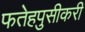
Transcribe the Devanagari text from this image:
फतेहपुसीकरी